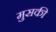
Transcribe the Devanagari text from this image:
मुसकी